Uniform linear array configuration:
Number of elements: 64
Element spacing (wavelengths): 0.5
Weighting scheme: cosine
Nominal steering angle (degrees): -15
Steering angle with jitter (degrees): -13.471
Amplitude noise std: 0.05
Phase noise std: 0.05

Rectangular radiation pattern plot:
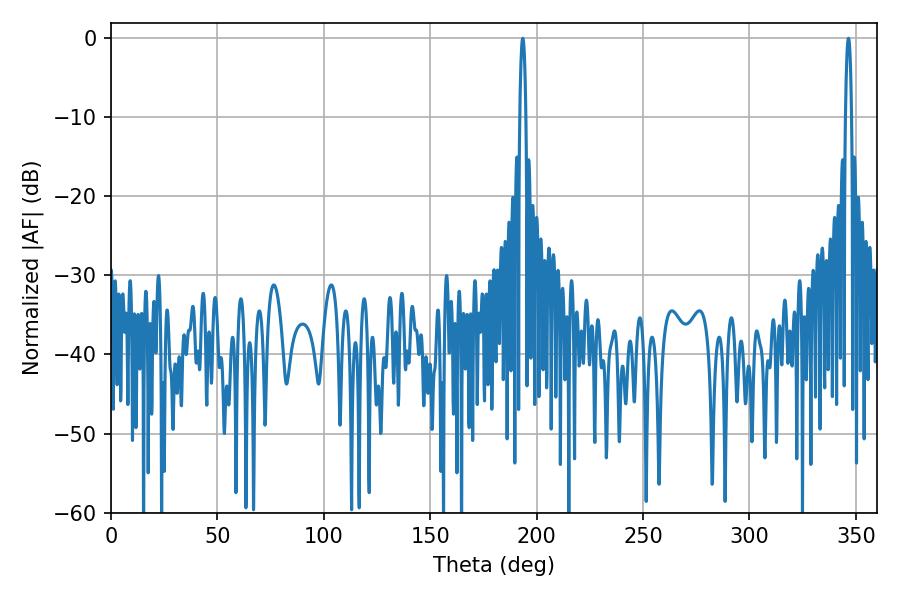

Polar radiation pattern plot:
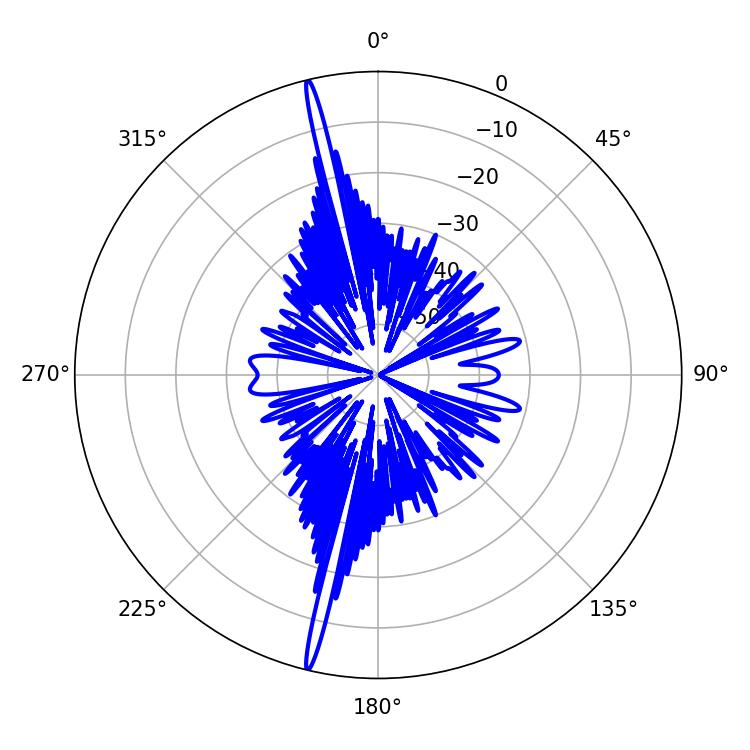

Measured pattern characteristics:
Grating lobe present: FALSE
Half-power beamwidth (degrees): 1.44
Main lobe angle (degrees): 193.5